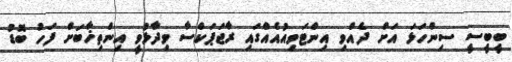
ބީބީސީ ސިންހަޅަ އަށް ދެއްވި އިންޓަވިއުއެއްގައި ރާޖަޕަކްސާ ވިދާޅުވީ އިންތިޚާބަށް ފަހު ބޮޑު